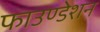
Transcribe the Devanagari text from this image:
फाउण्‍डेशन